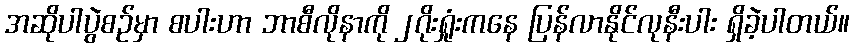
အဆိုပါပွဲစဉ်မှာ စပါးဟာ ဘာစီလိုနာကို ၂ဂိုးရှုံးကနေ ပြန်လာနိုင်လုနီးပါး ရှိခဲ့ပါတယ်။